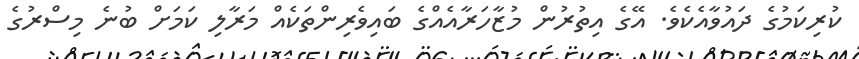
ކުރިކަމުގެ ދައުވާއެކެވެ. އޭގެ އިތުރުން މުޒާހަރާއެއްގެ ބައިވެރިންތަކެއް މަރާލި ކަމަށް ބުނެ މިސްރުގެ